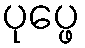
ပုပ္ဖေ